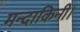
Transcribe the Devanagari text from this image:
मन्दाकिनी।